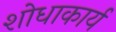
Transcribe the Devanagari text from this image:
शोधाकार्य